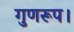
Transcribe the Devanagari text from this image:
गुणरूप।